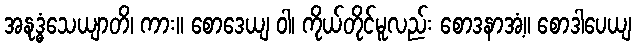
အနုဒ္ဓံသေယျာတိ၊ ကား။ စောဒေယျ ဝါ၊ ကိုယ်တိုင်မူလည်း စောဒနာအံ့။ စောဒါပေယျ